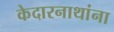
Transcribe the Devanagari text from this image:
केदारनाथांना